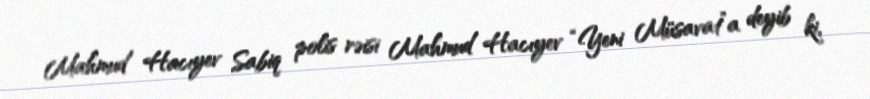
Mahmud Hacıyev Sabiq polis rəisi Mahmud Hacıyev “Yeni Müsavat”a deyib ki,